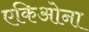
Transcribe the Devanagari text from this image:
एकिओना